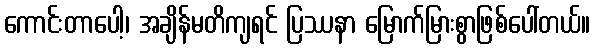
ကောင်းတာပေါ့၊ အချိန်မတိကျရင် ပြဿနာ မြောက်မြားစွာဖြစ်ပေါ်တယ်။